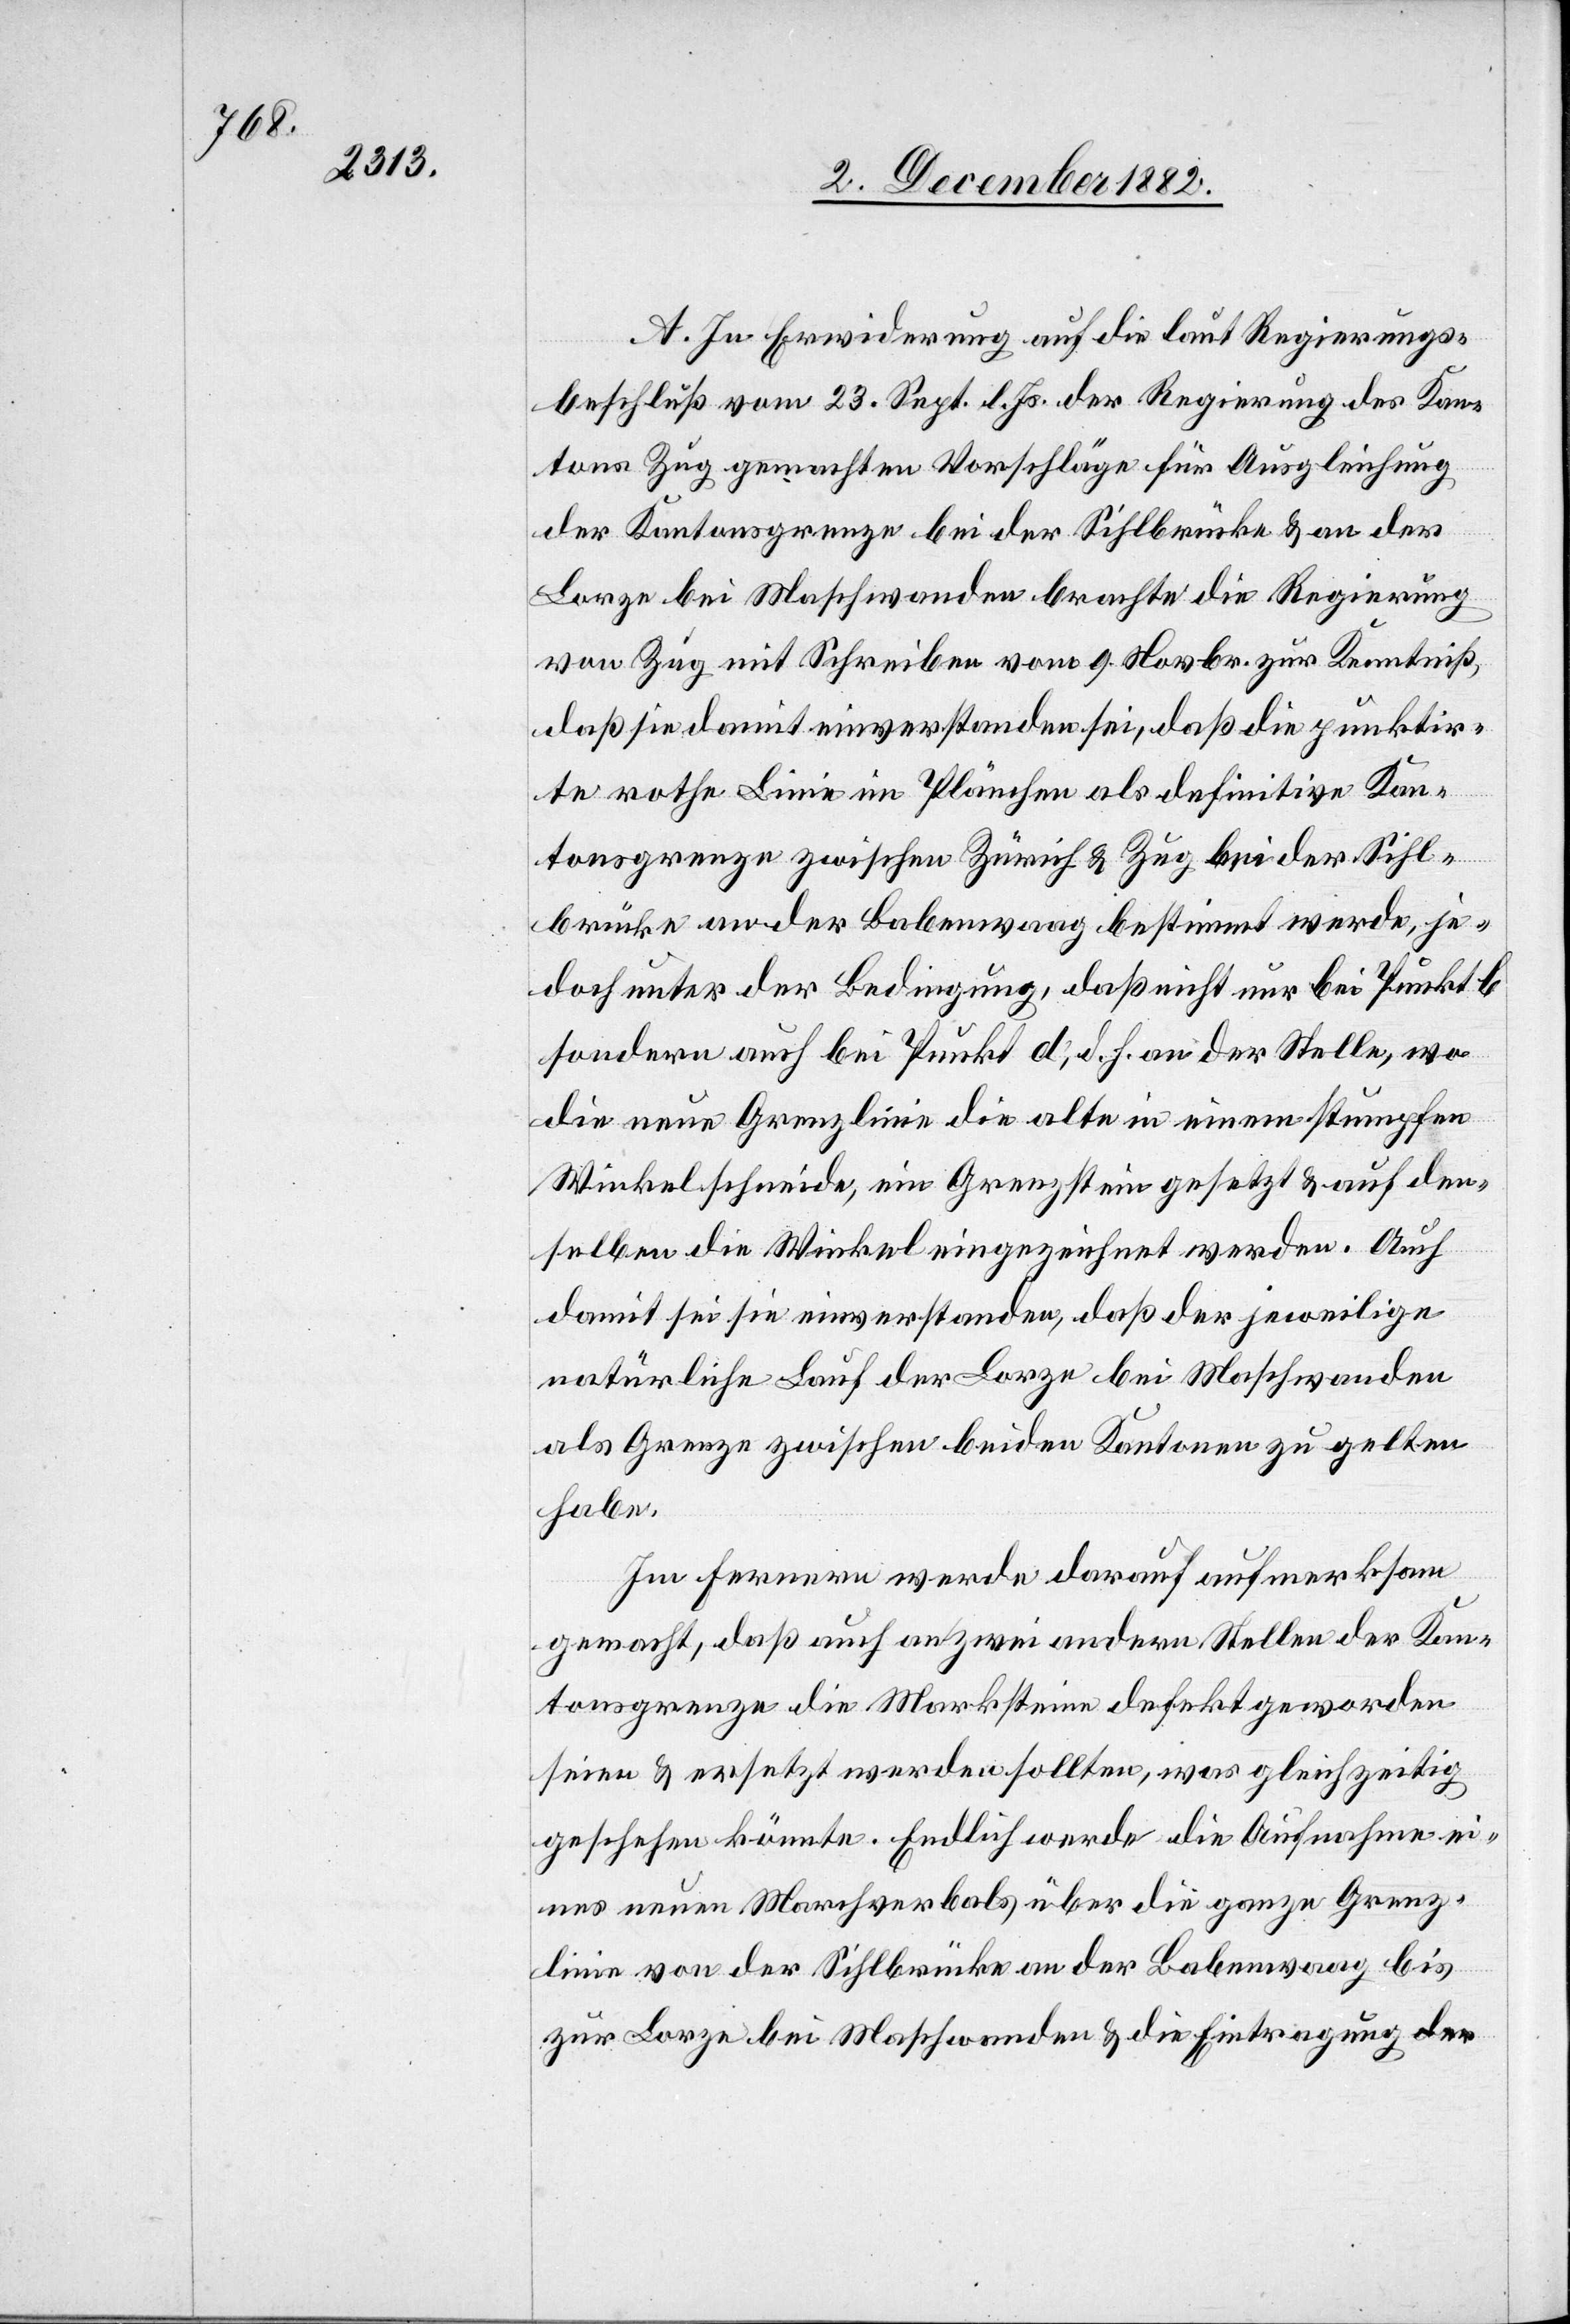
A. In Erwiderung auf die laut Regierungs¬
beschluß vom 23. Sept. l. Js. der Regierung des Kan¬
tons Zug gemachten Vorschläge für Ausgleichung
der Kantonsgrenze bei der Sihlbrücke & an der
Lorze bei Maschwanden brachte die Regierung
von Zug mit Schreiben vom 9. Novbr. zur Kenntniß
daß sie damit einverstanden sei, daß die punktir¬
te rothe Linie im Plänchen als definitive Kan¬
tonsgrenze zwischen Zürich & Zug bei der Sihl¬
brücke an der Babenwaag bestimmt werde, je¬
doch unter der Bedingung, daß nicht nur bei Punkt b
sondern auch bei Punkt d, d. h. an der Stelle, wo
die neue Grenzlinie die alte in einem stumpfen
Winkel schneide, ein Grenzstein gesetzt & auf den¬
selben die Winkel eingezeichnet werden. Auch
damit sei sie einverstanden, daß der jeweilige
natürliche Lauf der Lorze bei Maschwanden
als Grenze zwischen beiden Kantonen zu gelten
habe.
Im Fernern werde darauf aufmerksam
gemacht, daß auch an zwei andern Stellen der Kan¬
tonsgrenze die Marksteine defekt geworden
seien & ersetzt werden sollten, was gleichzeitig
geschehen könnte. Endlich werden die Aufnahme ei¬
nes neuen Marchverbals über die ganze Grenz¬
linie von der Sihlbrücke an der Babenwaag bis
zur Lorze bei Maschwanden & die Eintragung